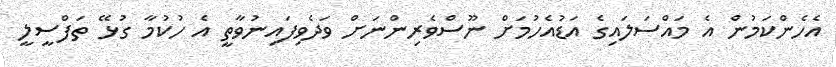
އެހެންކަމުން އެ މައްސަލައިގެ އަޑުއެހުމަށް ނޫސްވެރިންނަށް ވަދެވިފައިނުވާތީ އެ ހުކުމާ ގުޅޭ ތަފްސީލީ